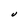
Character: U